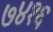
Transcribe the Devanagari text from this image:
७४१६